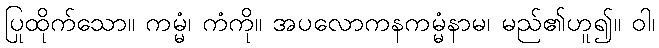
ပြုထိုက်သော။ ကမ္မံ၊ ကံကို။ အပလောကနကမ္မံနာမ၊ မည်၏ဟူ၍။ ဝါ၊